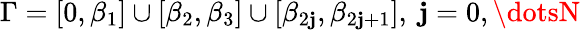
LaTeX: \Gamma=[0,\beta_{1}]\cup[\beta_{2},\beta_{3}]\cup[\beta_{2\mathbf{j}},\beta_{2\mathbf{j}+1}],\ \mathbf{j}=0,\dotsN